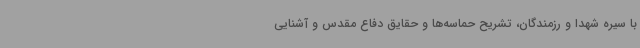
با سیره شهدا و رزمندگان، تشریح حماسه‌ها و حقایق دفاع مقدس و آشنایی